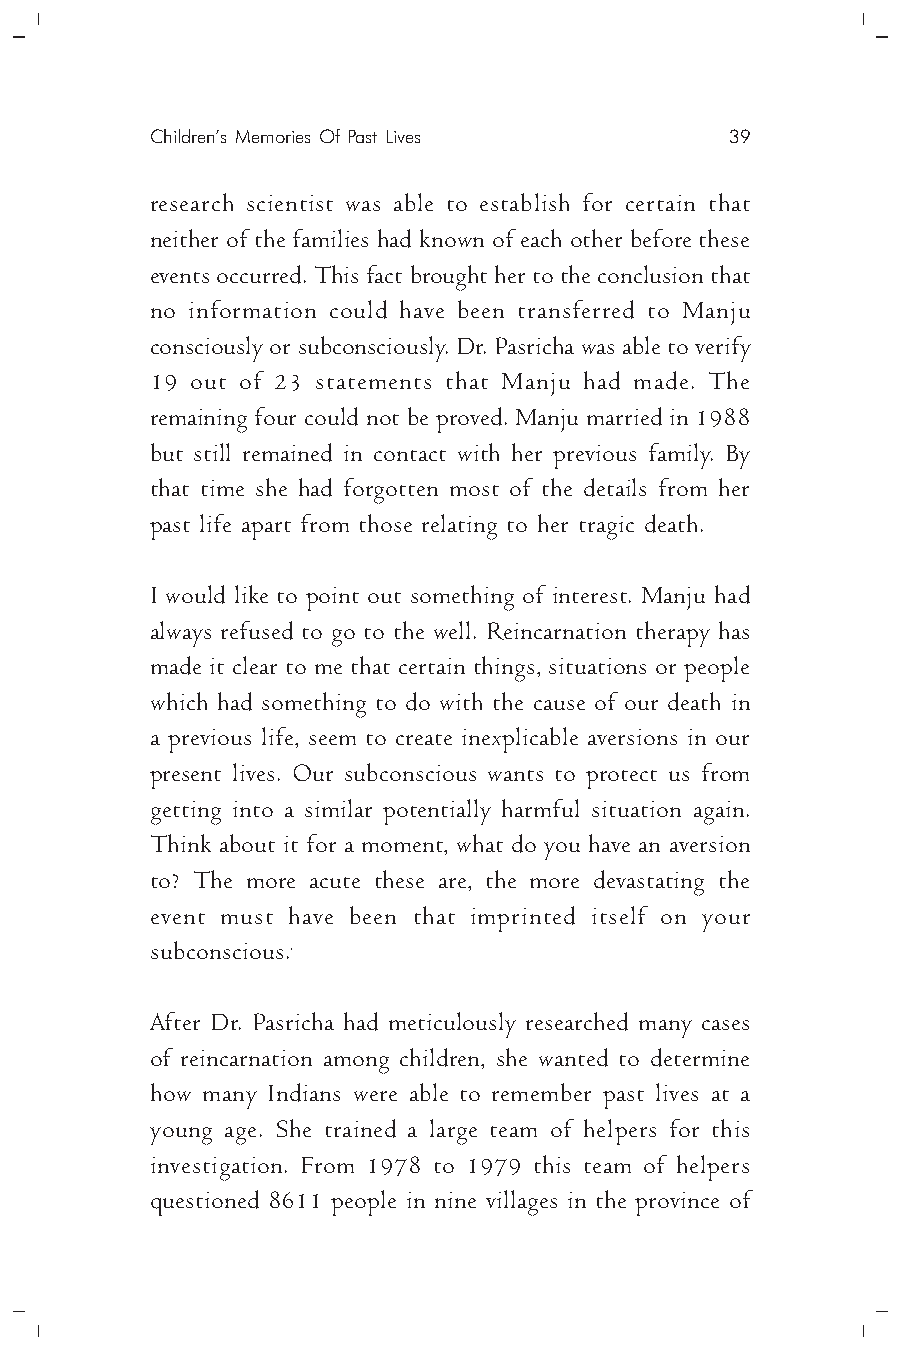
Children’s Memories Of Past Lives     39
 research scientist was able to establish for certain that
 neither of the families had known of each other before these
 events occurred. This fact brought her to the conclusion that
 no information could have been transferred to Manju
 consciously or subconsciously. Dr. Pasricha was able to verify
 19 out of 23 statements that Manju had made. The
 remaining four could not be proved. Manju married in 1988
 but still remained in contact with her previous family. By
 that time she had forgotten most of the details from her
 past life apart from those relating to her tragic death.
 I would like to point out something of interest. Manju had
 always refused to go to the well. Reincarnation therapy has
 made it clear to me that certain things, situations or people
 which had something to do with the cause of our death in
 a previous life, seem to create inexplicable aversions in our
 present lives. Our subconscious wants to protect us from
 getting into a similar potentially harmful situation again.
 Think about it for a moment, what do you have an aversion
 to? The more acute these are, the more devastating the
 event must have been that imprinted itself on your
 subconscious..
 After Dr. Pasricha had meticulously researched many cases
 of reincarnation among children, she wanted to determine
 how many Indians were able to remember past lives at a
 young age. She trained a large team of helpers for this
 investigation. From 1978 to 1979 this team of helpers
 questioned 8611 people in nine villages in the province of